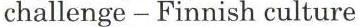
challenge - Finnish culture